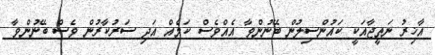
އާޚިރު ނަތީޖާއަކީ ކައުންސިލުން ބޭނުންވާ އެއްވެސް ކަމެއް އަދި ސަރުކާރުން ވެސް ބޭނުންވާ